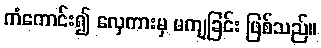
ကံကောင်း၍ လှေကားမှ မကျခြင်း ဖြစ်သည်။